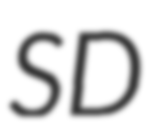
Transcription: SD